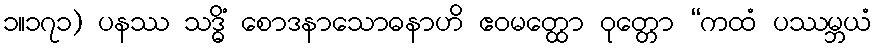
၁။၁၇၁) ပနဿ သဒ္ဓိံ စောဒနာသောဓနာဟိ ဧဝမတ္ထော ဝုတ္တော “ကထံ ပဿမ္ဘယံ